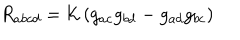
LaTeX: R _ { a b c d } = { \cal K } \left( g _ { a c } g _ { b d } - g _ { a d } g _ { b c } \right)